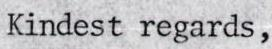
Kindest regards,